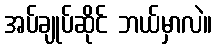
အပ်ချုပ်ဆိုင် ဘယ်မှာလဲ။